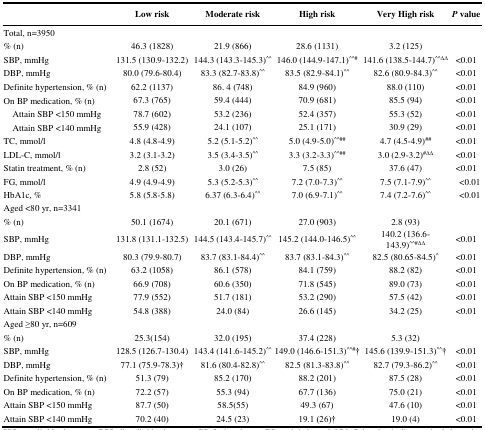
<table><thead><tr><td></td><td><b>Low risk</b></td><td><b>Moderate risk</b></td><td><b>High risk</b></td><td><b>Very High risk</b></td><td><b><i>P</i> value</b></td></tr></thead><tbody><tr><td>Total, n=3950</td><td></td><td></td><td></td><td></td><td></td></tr><tr><td>% (n)</td><td>46.3 (1828)</td><td>21.9 (866)</td><td>28.6 (1131)</td><td>3.2 (125)</td><td></td></tr><tr><td>SBP, mmHg</td><td>131.5 (130.9-132.2)</td><td>144.3 (143.3-145.3)<sup>^^</sup></td><td>146.0 (144.9-147.1)<sup>^^</sup><sup>#</sup></td><td>141.6 (138.5-144.7)<sup>^^</sup><sup>∆∆</sup></td><td>&lt;0.01</td></tr><tr><td>DBP, mmHg</td><td>80.0 (79.6-80.4)</td><td>83.3 (82.7-83.8)<sup>^^</sup></td><td>83.5 (82.9-84.1)<sup>^^</sup></td><td>82.6 (80.9-84.3)<sup>^^</sup></td><td>&lt;0.01</td></tr><tr><td>Definite hypertension, % (n)</td><td>62.2 (1137)</td><td>86. 4 (748)</td><td>84.9 (960)</td><td>88.0 (110)</td><td>&lt;0.01</td></tr><tr><td>On BP medication, % (n)</td><td>67.3 (765)</td><td>59.4 (444)</td><td>70.9 (681)</td><td>85.5 (94)</td><td>&lt;0.01</td></tr><tr><td> Attain SBP &lt;150 mmHg</td><td>78.7 (602)</td><td>53.2 (236)</td><td>52.4 (357)</td><td>55.3 (52)</td><td>&lt;0.01</td></tr><tr><td> Attain SBP &lt;140 mmHg</td><td>55.9 (428)</td><td>24.1 (107)</td><td>25.1 (171)</td><td>30.9 (29)</td><td>&lt;0.01</td></tr><tr><td>TC, mmol/l</td><td>4.8 (4.8-4.9)</td><td>5.2 (5.1-5.2)<sup>^^</sup></td><td>5.0 (4.9-5.0)<sup>^^</sup><sup>##</sup></td><td>4.7 (4.5-4.9)<sup>##</sup></td><td>&lt;0.01</td></tr><tr><td>LDL-C, mmol/l</td><td>3.2 (3.1-3.2)</td><td>3.5 (3.4-3.5)<sup>^^</sup></td><td>3.3 (3.2-3.3)<sup>^^</sup><sup>##</sup></td><td>3.0 (2.9-3.2)<sup>#</sup><sup>∆∆</sup></td><td>&lt;0.01</td></tr><tr><td>Statin treatment, % (n)</td><td>2.8 (52)</td><td>3.0 (26)</td><td>7.5 (85)</td><td>37.6 (47)</td><td>&lt;0.01</td></tr><tr><td>FG, mmol/l</td><td>4.9 (4.9-4.9)</td><td>5.3 (5.2-5.3)<sup>^^</sup></td><td>7.2 (7.0-7.3)<sup>^^</sup></td><td>7.5 (7.1-7.9)<sup>^^</sup></td><td>&lt;0.01</td></tr><tr><td>HbA1c, %</td><td>5.8 (5.8-5.8)</td><td>6.37 (6.3-6.4)<sup>^^</sup></td><td>7.0 (6.9-7.1)<sup>^^</sup></td><td>7.4 (7.2-7.6)<sup>^^</sup></td><td>&lt;0.01</td></tr><tr><td>Aged &lt;80 yr, n=3341</td><td></td><td></td><td></td><td></td><td></td></tr><tr><td>% (n)</td><td>50.1 (1674)</td><td>20.1 (671)</td><td>27.0 (903)</td><td>2.8 (93)</td><td></td></tr><tr><td>SBP, mmHg</td><td>131.8 (131.1-132.5)</td><td>144.5 (143.4-145.7)<sup>^^</sup></td><td>145.2 (144.0-146.5)<sup>^^</sup></td><td>140.2 (136.6-143.9)<sup>^^</sup><sup>#</sup><sup>∆∆</sup></td><td>&lt;0.01</td></tr><tr><td>DBP, mmHg</td><td>80.3 (79.9-80.7)</td><td>83.7 (83.1-84.4)<sup>^^</sup></td><td>83.7 (83.1-84.3)<sup>^^</sup></td><td>82.5 (80.65-84.5)<sup>^</sup></td><td>&lt;0.01</td></tr><tr><td>Definite hypertension, % (n)</td><td>63.2 (1058)</td><td>86.1 (578)</td><td>84.1 (759)</td><td>88.2 (82)</td><td>&lt;0.01</td></tr><tr><td>On BP medication, % (n)</td><td>66.9 (708)</td><td>60.6 (350)</td><td>71.8 (545)</td><td>89.0 (73)</td><td>&lt;0.01</td></tr><tr><td>Attain SBP &lt;150 mmHg</td><td>77.9 (552)</td><td>51.7 (181)</td><td>53.2 (290)</td><td>57.5 (42)</td><td>&lt;0.01</td></tr><tr><td>Attain SBP &lt;140 mmHg</td><td>54.8 (388)</td><td>24.0 (84)</td><td>26.6 (145)</td><td>34.2 (25)</td><td>&lt;0.01</td></tr><tr><td>Aged =80 yr, n=609</td><td></td><td></td><td></td><td></td><td></td></tr><tr><td>% (n)</td><td>25.3(154)</td><td>32.0 (195)</td><td>37.4 (228)</td><td>5.3 (32)</td><td></td></tr><tr><td>SBP, mmHg</td><td>128.5 (126.7-130.4)</td><td>143.4 (141.6-145.2)<sup>^^</sup></td><td>149.0 (146.6-151.3)<sup>^^</sup><sup>#</sup><sup>†</sup></td><td>145.6 (139.9-151.3)<sup>^^</sup><sup>†</sup></td><td>&lt;0.01</td></tr><tr><td>DBP, mmHg</td><td>77.1 (75.9-78.3)<sup>†</sup></td><td>81.6 (80.4-82.8)<sup>^^</sup></td><td>82.5 (81.3-83.8)<sup>^^</sup></td><td>82.7 (79.3-86.2)<sup>^^</sup></td><td>&lt;0.01</td></tr><tr><td>Definite hypertension, % (n)</td><td>51.3 (79)</td><td>85.2 (170)</td><td>88.2 (201)</td><td>87.5 (28)</td><td>&lt;0.01</td></tr><tr><td>On BP medication, % (n)</td><td>72.2 (57)</td><td>55.3 (94)</td><td>67.7 (136)</td><td>75.0 (21)</td><td>&lt;0.01</td></tr><tr><td>Attain SBP &lt;150 mmHg</td><td>87.7 (50)</td><td>58.5(55)</td><td>49.3 (67)</td><td>47.6 (10)</td><td>&lt;0.01</td></tr><tr><td>Attain SBP &lt;140 mmHg</td><td>70.2 (40)</td><td>24.5 (23)</td><td>19.1 (26)<sup>†</sup></td><td>19.0 (4)</td><td>&lt;0.01</td></tr></tbody></table>